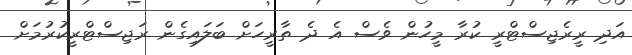
އަދި ރީރެޖިސްޓްރީ ކުރާ މީހުން ވެސް އެ ދެ ތާރީހަށް ބަލައިގެން ރަޖިސްޓްރީކުރުމަށް